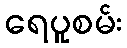
ရေပူစမ်း